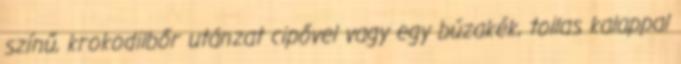
színű, krokodilbőr utánzat cipővel vagy egy búzakék, tollas kalappal